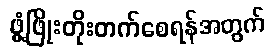
ဖွံ့ဖြိုးတိုးတက်စေရန်အတွက်